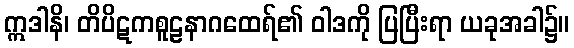
ဣဒါနိ၊ တိပိဋကစူဠနာဂထေရ်၏ ဝါဒကို ပြပြီးရာ ယခုအခါ၌။